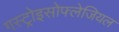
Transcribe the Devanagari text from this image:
गस्ट्रोइसोफ्लेजियल